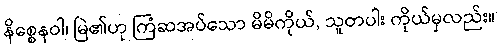
နိစ္စေနဝါ၊ မြဲ၏ဟု ကြံဆအပ်သော မိမိကိုယ်, သူတပါး ကိုယ်မှလည်း။